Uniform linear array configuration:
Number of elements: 4
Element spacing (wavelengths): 0.5
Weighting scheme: kaiser
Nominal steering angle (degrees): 45
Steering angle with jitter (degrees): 46.864
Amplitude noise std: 0.05
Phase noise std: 0.05

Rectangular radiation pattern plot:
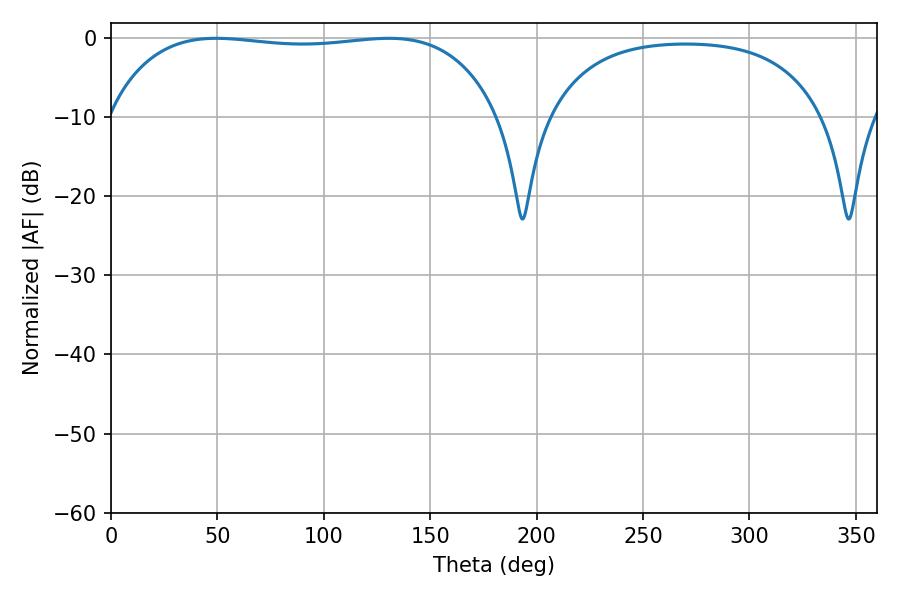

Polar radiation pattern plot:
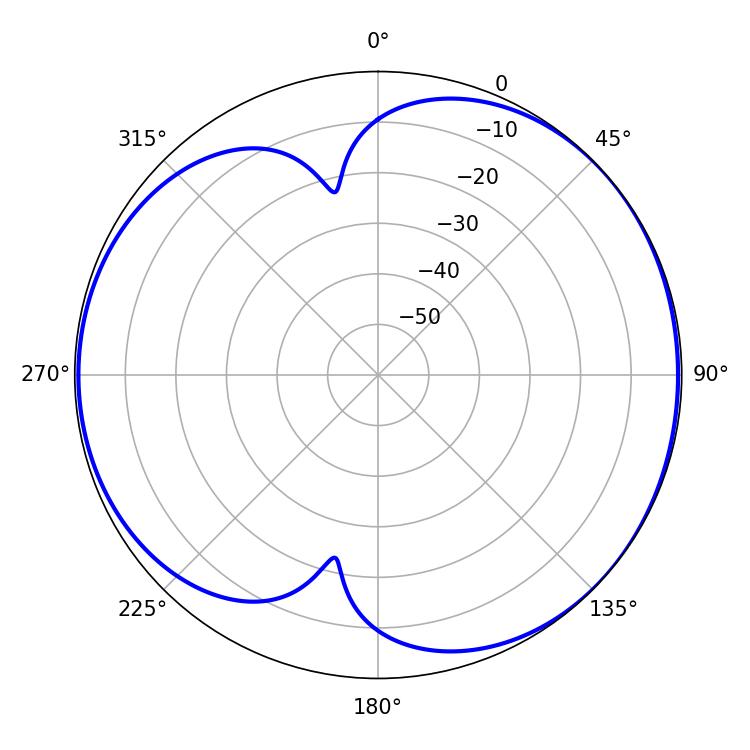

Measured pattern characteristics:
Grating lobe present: FALSE
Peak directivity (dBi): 5.025
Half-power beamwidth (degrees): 146.52
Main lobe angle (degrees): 49.5